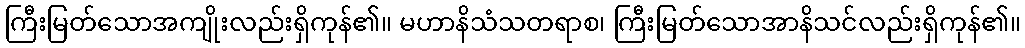
ကြီးမြတ်သောအကျိုးလည်းရှိကုန်၏။ မဟာနိသံသတရာစ၊ ကြီးမြတ်သောအာနိသင်လည်းရှိကုန်၏။